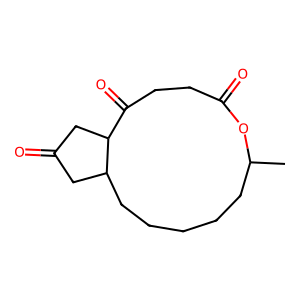
SMILES: CC1CCCCCC2CC(=O)CC2C(=O)CCC(=O)O1
Inhibits HIV replication: No